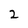
Character: 2